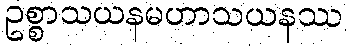
ဥစ္စာသယနမဟာသယနဿ